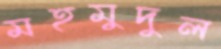
মহমুদুল